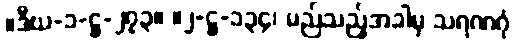
။ဒီဃ-၁-ဋ္ဌ-၂၇၃။ ။၂-ဋ္ဌ-၁၃၄၊ မည်သည့်အခါမှ သရဏဂုံ